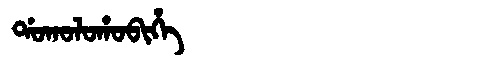
Manchu: ᡩᠣᡴᠣᠯᠣᡥᠣᠪᡳᡥᡝ
Romanization: DOKOLOHOBIHE